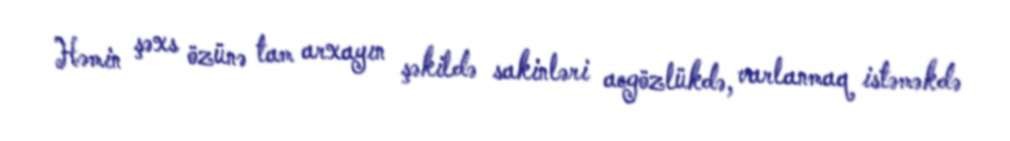
Həmin şəxs özünə tam arxayın şəkildə sakinləri acgözlükdə, varlanmaq istəməkdə